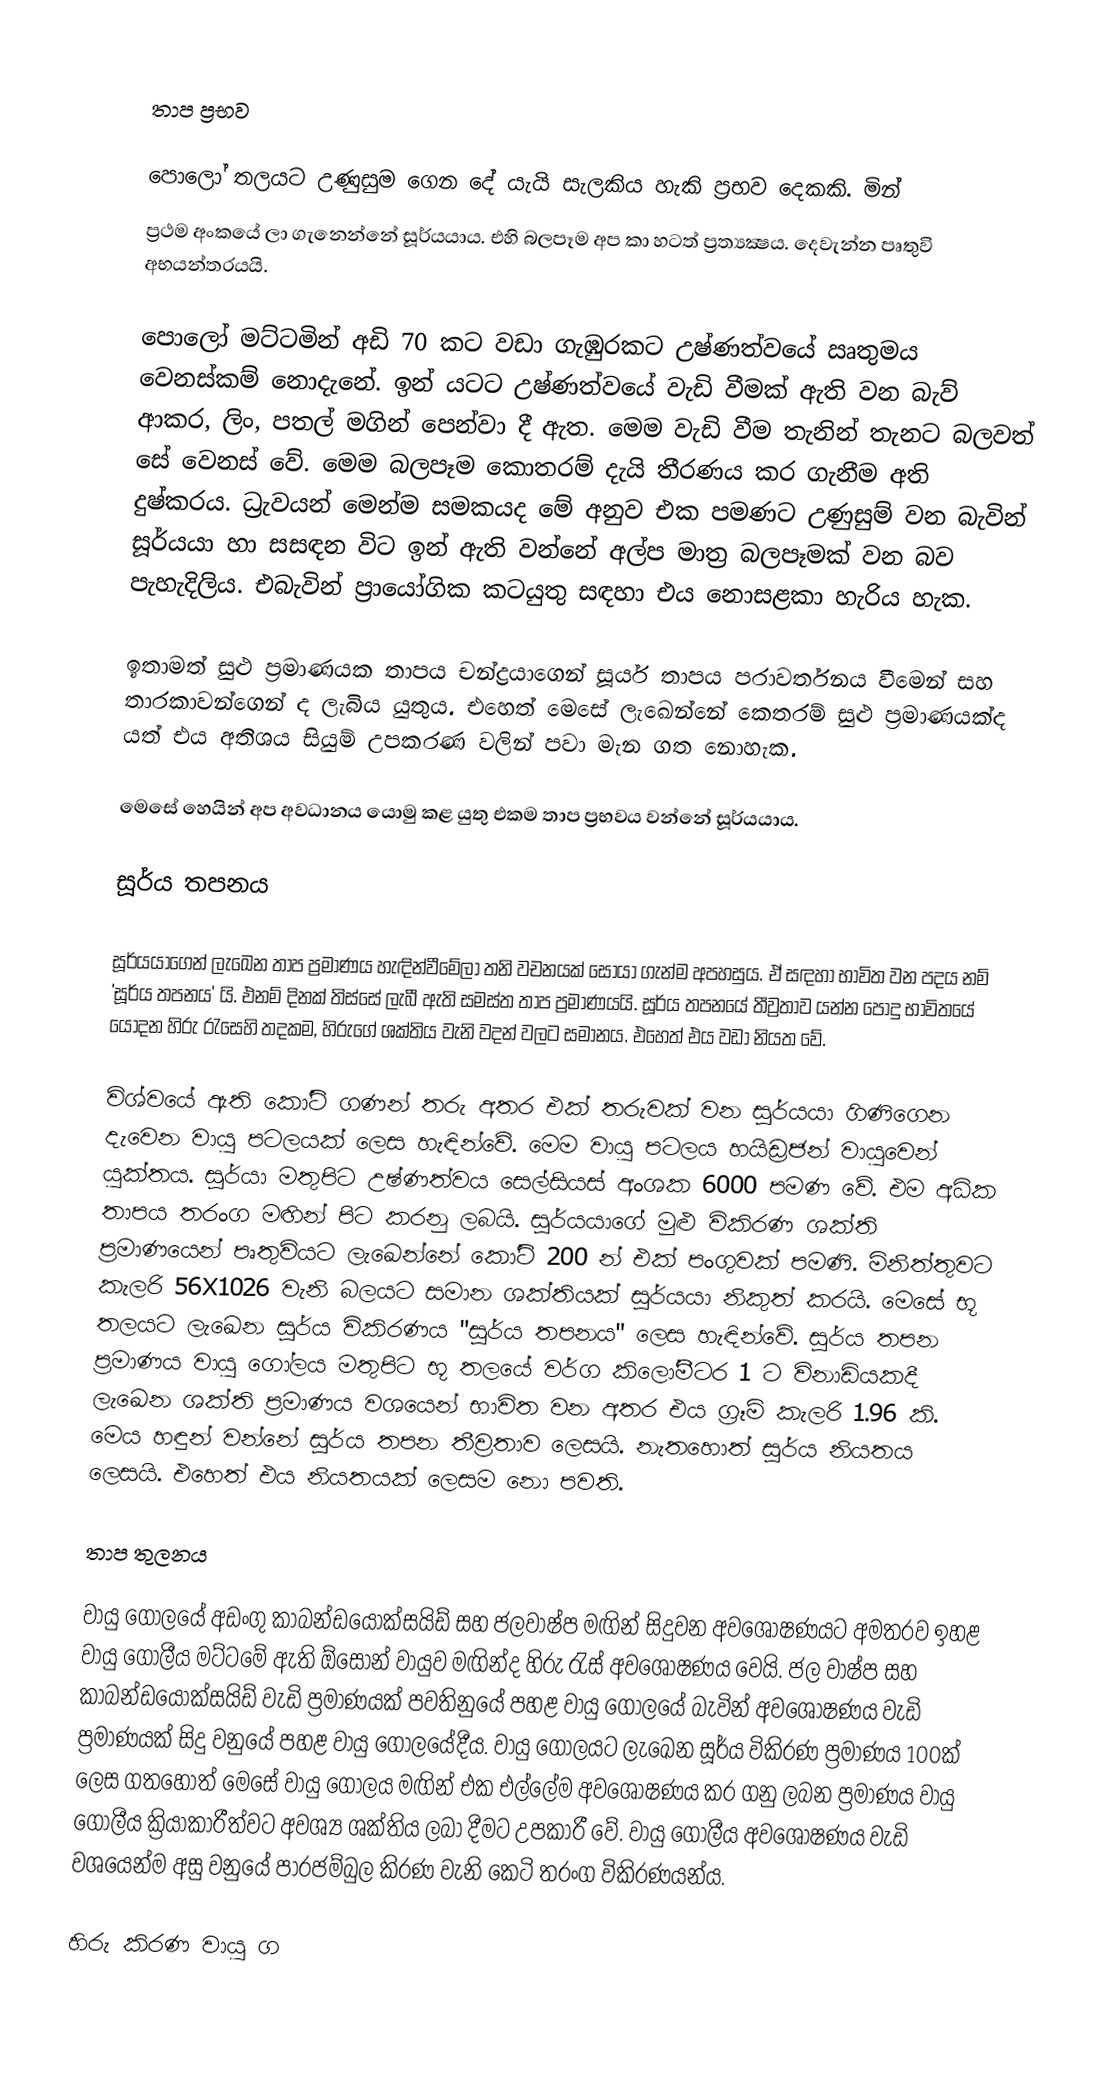

තාප ප්‍රභව

පොලෝ තලයට උණුසුම ගෙන දේ යැයි සැලකිය හැකි ප්‍රභව දෙකකි. මින්
ප්‍රථම අංකයේ ලා ගැනෙන්නේ සූර්යයාය. එහි බලපෑම අප කා හටත් ප්‍රත්‍යක්‍ෂය. දෙවැන්න පෘතුවි අභයන්තරයයි.

පොලෝ මට්ටමින් අඩි 70 කට වඩා ගැඹුරකට උෂ්ණත්වයේ ඍතුමය වෙනස්කම් නොදැනේ. ඉන් යටට උෂ්ණත්වයේ වැඩි වීමක් ඇති වන බැව් ආකර, ලිං, පතල් මගින් පෙන්වා දී ඇත. මෙම වැඩි වීම තැනින් තැනට බලවත් සේ වෙනස් වේ. මෙම බලපෑම කොතරම් දැයි තීරණය කර ගැනීම අති දුෂ්කරය. ධ්‍රැවයන් මෙන්ම සමකයද මේ අනුව එක පමණට උණුසුම් වන බැවින් සූර්යයා හා සසඳන විට ඉන් ඇති වන්නේ අල්ප මාත්‍ර බලපෑමක් වන බව පැහැදිලිය. එබැවින් ප්‍රායෝගික කටයුතු සඳහා එය නොසළකා හැරිය හැක.

ඉතාමත් සුළු ප්‍රමාණයක තාපය චන්ද්‍රයාගෙන් සූර්ය තාපය පරාවර්තනය වීමෙන් සහ තාරකාවන්ගෙන් ද ලැබිය යුතුය. එහෙත් මෙසේ ලැඛෙන්නේ කෙතරම් සුළු ප්‍රමාණයක්ද යත් එය අතිශය සියුම් උපකරණ වලින් පවා මැන ගත නොහැක.

මෙසේ හෙයින් අප අවධානය යොමු කළ යුතු එකම තාප ප්‍රභවය වන්නේ සූර්යයාය.

සූර්ය තපනය

සූර්යයාගෙන් ලැඛෙන තාප ප්‍රමාණය හැඳින්වීමේලා තනි වචනයක් සොයා ගැන්ම අපහසුය. ඒ සඳහා භාවිත වන පදය නම් 'සූර්ය තපනය' යි. එනම් දිනක් තිස්සේ ලැබී ඇති සමස්ත තාප ප්‍රමාණයයි. සූර්ය තපනයේ තීව්‍රතාව යන්න පොදු භාවිතයේ යොදන හිරු රැසෙහි තදකම, හිරුගේ ශක්තිය වැනි වදන් වලට සමානය. එහෙත් එය වඩා නියත වේ.

විශ්වයේ ඇති කෝටි ගණන් තරු අතර එක් තරුවක් වන සූර්යයා ගිණිගෙන දැවෙන වායු පටලයක් ලෙස හැඳින්වේ. මෙම වායු පටලය හයිඩ්‍රජන් වායුවෙන් යුක්තය. සූර්යා මතුපිට උෂ්ණත්වය සෙල්සියස් අංශක 6000 පමණ වේ. එම අධික තාපය තරංග මඟින් පිට කරනු ලබයි. සූර්යයාගේ මුළු විකිරණ ශක්ති ප්‍රමාණයෙන් පෘතුවියට ලැඛෙන්නේ කෝටි 200 න් එක් පංගුවක් පමණි. මිනිත්තුවට කැලරි 56X1026  වැනි බලයට සමාන ශක්තියක් සූර්යයා නිකුත් කරයි. මෙසේ භූ තලයට ලැඛෙන සූර්ය විකිරණය "සූර්ය තපනය" ලෙස හැඳින්වේ. සූර්ය තපන ප්‍රමාණය වායු ගෝලය මතුපිට භූ තලයේ වර්ග කිලෝමීටර 1 ට විනාඩියකදී ලැඛෙන ශක්ති ප්‍රමාණය වශයෙන් භාවිත වන අතර එය ග්‍රෑම් කැලරි 1.96 කි. මෙය හඳුන් වන්නේ සූර්ය තපන තීව්‍රතාව ලෙසයි. නැතහොත් සූර්ය නියතය ලෙසයි. එහෙත් එය නියතයක් ලෙසම නො පවති.

තාප තුලනය

වායු ගෝලයේ අඩංගු කාබන්ඩයොක්සයිඩ් සහ ජලවාෂ්ප මඟින් සිදුවන අවශෝෂණයට අමතරව ඉහළ වායු ගෝලීය මට්ටමේ ඇති ඕසෝන් වායුව මඟින්ද හිරු රැස් අවශෝෂණය වෙයි. ජල වාෂ්ප සහ කාබන්ඩයොක්සයිඩ් වැඩි ප්‍රමාණයක් පවතිනුයේ පහළ වායු ගෝලයේ බැවින් අවශෝෂණය වැඩි ප්‍රමාණයක් සිදු වනුයේ පහළ වායු ගෝලයේදීය. වායු ගෝලයට ලැඛෙන සූර්ය විකිරණ ප්‍රමාණය 100ක් ලෙස ගතහොත් මෙසේ වායු ගෝලය මඟින් එක එල්ලේම අවශෝෂණය කර ගනු ලබන ප්‍රමාණය වායු ගෝලීය ක්‍රියාකාරීත්වට අවශ්‍ය ශක්තිය ලබා දීමට උපකාරී වේ. වායු ගෝලීය අවශෝෂණය වැඩි වශයෙන්ම අසු වනුයේ පාරජම්බුල කිරණ වැනි කෙටි තරංග විකිරණයන්ය.

හිරු කිරණ වායු ග